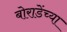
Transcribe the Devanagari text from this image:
बोराडेंच्या